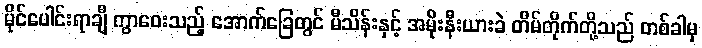
မိုင်ပေါင်းရာချီ ကွာဝေးသည့် အောက်ခြေတွင် မီသိန်းနှင့် အမိုးနီးယားခဲ တိမ်တိုက်တို့သည် တစ်ခါမှ